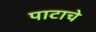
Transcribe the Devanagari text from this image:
पाटाचे